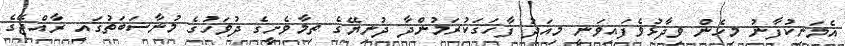
އެމަނިކުފާނު މިހެން ވިދާޅުވެފައިވަނީ މިއަދު ފާހަގަކުރަމުންދާ ދުނިޔޭގެ ތިމާވެށީގެ ދުވަހުގެ މުނާސަބަތުގައި ރާއްޖޭގެ